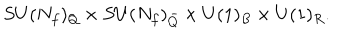
S U ( N _ { f } ) _ { Q } \times S U ( N _ { f } ) _ { \bar { Q } } \times U ( 1 ) _ { B } \times U ( 1 ) _ { R } .